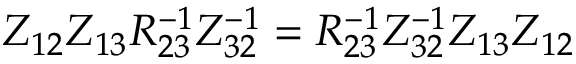
Z _ { 1 2 } Z _ { 1 3 } { \cal R } _ { 2 3 } ^ { - 1 } Z _ { 3 2 } ^ { - 1 } = { \cal R } _ { 2 3 } ^ { - 1 } Z _ { 3 2 } ^ { - 1 } Z _ { 1 3 } Z _ { 1 2 }